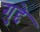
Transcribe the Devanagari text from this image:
गुद्दे